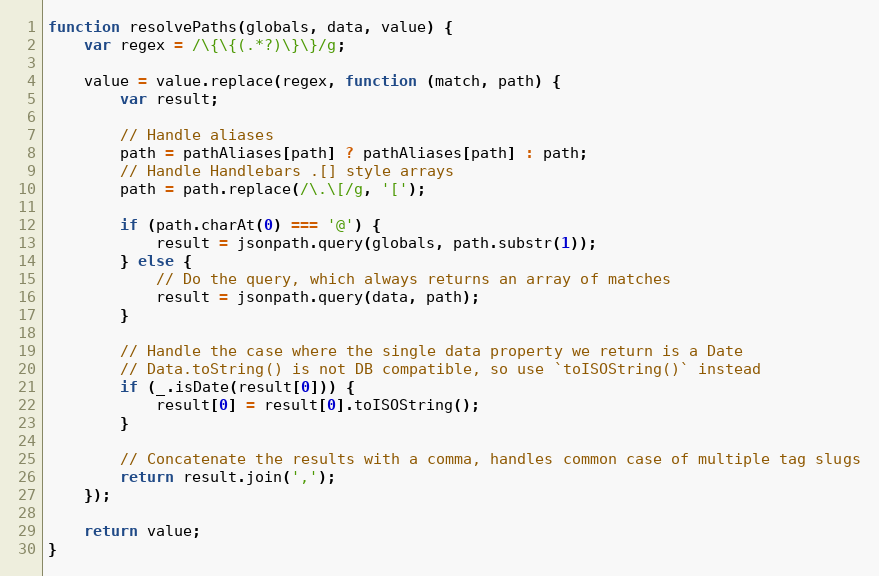
Language: JavaScript
function resolvePaths(globals, data, value) {
    var regex = /\{\{(.*?)\}\}/g;

    value = value.replace(regex, function (match, path) {
        var result;

        // Handle aliases
        path = pathAliases[path] ? pathAliases[path] : path;
        // Handle Handlebars .[] style arrays
        path = path.replace(/\.\[/g, '[');

        if (path.charAt(0) === '@') {
            result = jsonpath.query(globals, path.substr(1));
        } else {
            // Do the query, which always returns an array of matches
            result = jsonpath.query(data, path);
        }

        // Handle the case where the single data property we return is a Date
        // Data.toString() is not DB compatible, so use `toISOString()` instead
        if (_.isDate(result[0])) {
            result[0] = result[0].toISOString();
        }

        // Concatenate the results with a comma, handles common case of multiple tag slugs
        return result.join(',');
    });

    return value;
}